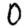
Digit: 0